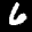
Label: 6